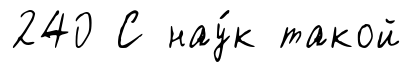
240 С нау́к такой